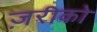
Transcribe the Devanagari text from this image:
ज़रीको